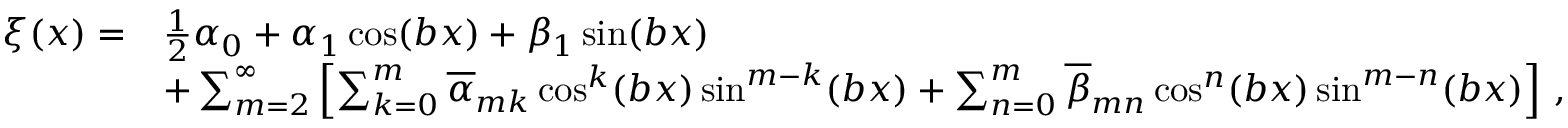
\begin{array} { r l } { \xi ( x ) = } & { \frac 1 2 \alpha _ { 0 } + \alpha _ { 1 } \cos ( b x ) + \beta _ { 1 } \sin ( b x ) } \\ & { + \sum _ { m = 2 } ^ { \infty } \left[ \sum _ { k = 0 } ^ { m } \overline { { \alpha } } _ { m k } \cos ^ { k } ( b x ) \sin ^ { m - k } ( b x ) + \sum _ { n = 0 } ^ { m } \overline { { \beta } } _ { m n } \cos ^ { n } ( b x ) \sin ^ { m - n } ( b x ) \right] \, , } \end{array}